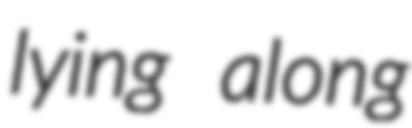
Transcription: lying along